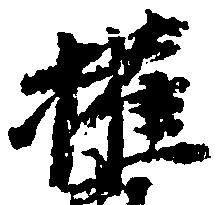
権